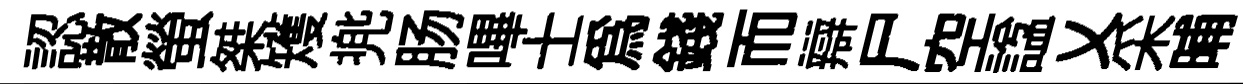
認散螢桀矱兠肠嗶士爲錢而辯尸空諡乂采晡